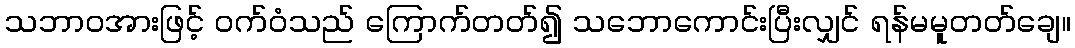
သဘာဝအားဖြင့် ဝက်ဝံသည် ကြောက်တတ်၍ သဘောကောင်းပြီးလျှင် ရန်မမူတတ်ချေ။